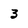
Character: 3